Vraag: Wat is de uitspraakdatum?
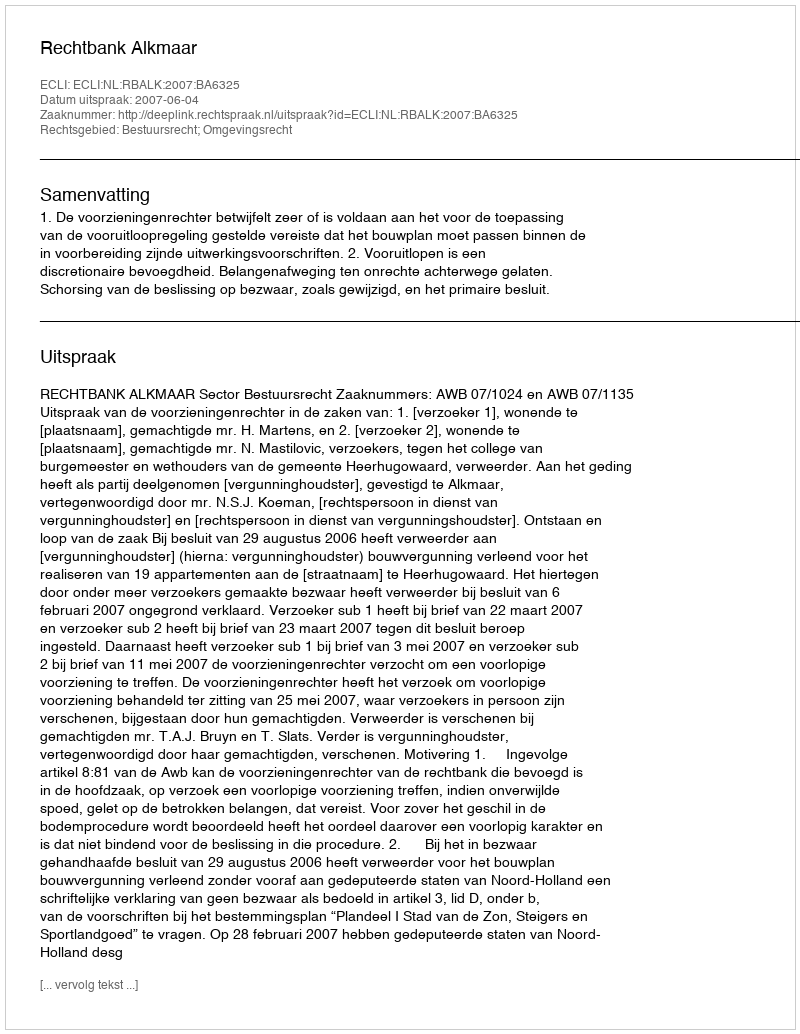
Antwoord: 2007-06-04